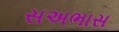
સઅભાસ